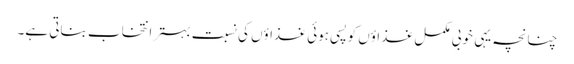
چنانچہ یہی خوبی مکمل غذاؤں کو پسی ہوئی غذاؤں کی نسبت بہتر انتخاب بناتی ہے۔